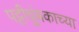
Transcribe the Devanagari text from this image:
पट्टीचुंबकाच्या